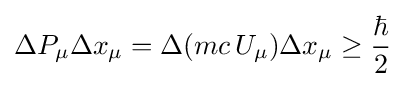
\Delta P_{\mu }\Delta x_{\mu }=\Delta (mc\,U_{\mu })\Delta x_{\mu }\geq {\frac {\hbar }{2}}